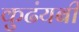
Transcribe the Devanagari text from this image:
कुढंयबी